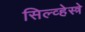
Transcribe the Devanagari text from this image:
सिल्व्हेस्त्रे